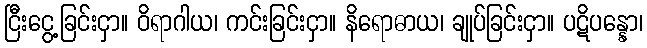
ငြီးငွေ့ခြင်းငှာ။ ဝိရာဂါယ၊ ကင်းခြင်းငှာ။ နိရောဓာယ၊ ချုပ်ခြင်းငှာ။ ပဋိပန္နော၊